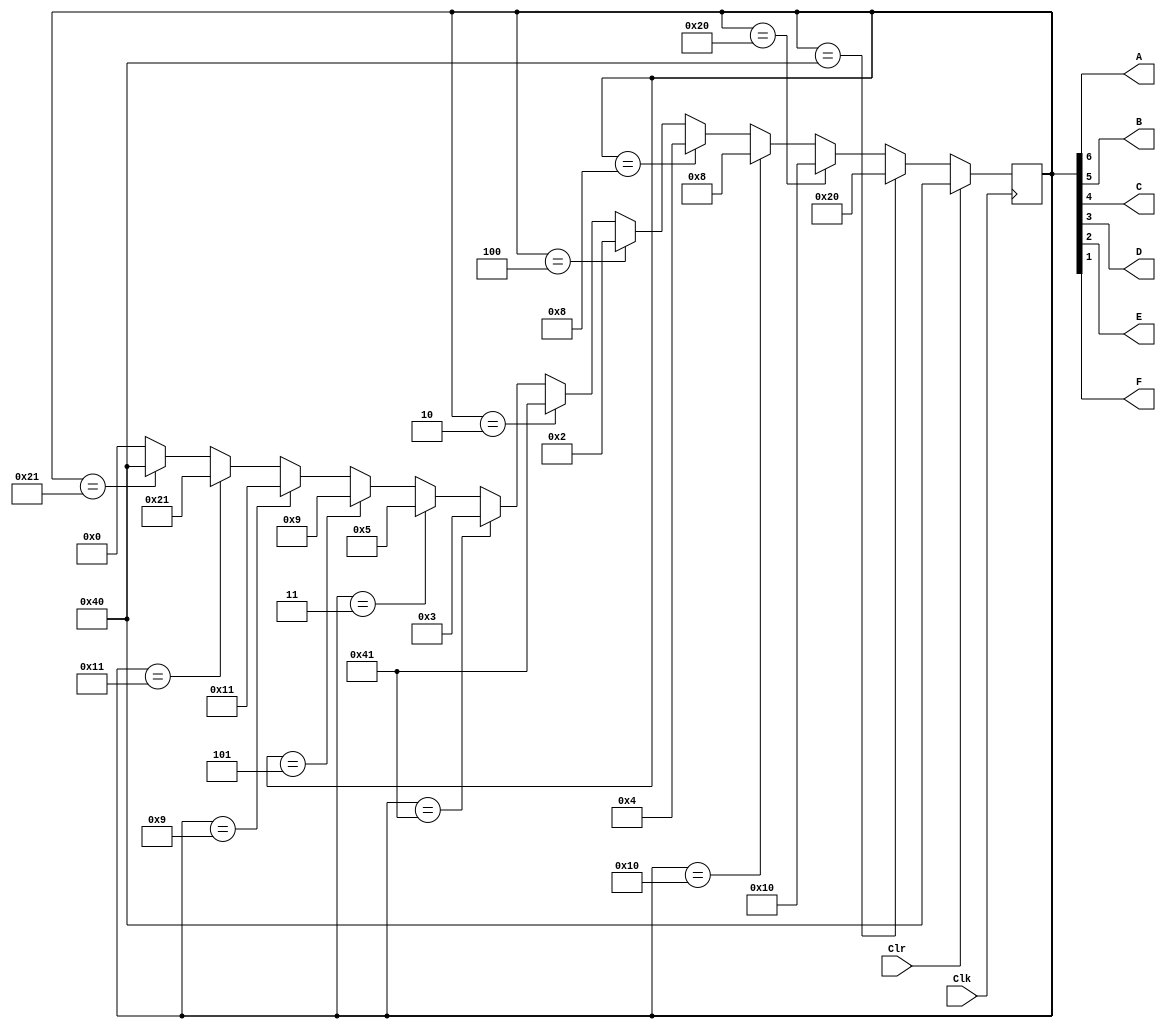
module pili_1(Clk,Clr,A,B,C,D,E,F);
input  Clk,Clr;
output A,B,C,D,E,F;
reg    [6:0] L;

always@(posedge Clk)

  if (Clr)  L = 7'b1000000;

  else if (L == 7'b1000000)   L = 7'b0100000;

  else if (L == 7'b0100000)   L = 7'b0010000;

  else if (L == 7'b0010000)   L = 7'b0001000;

  else if (L == 7'b0001000)   L = 7'b0000100;

  else if (L == 7'b0000100)   L = 7'b0000010;

  else if (L == 7'b0000010)   L = 7'b1000001;

  else if (L == 7'b1000001)   L = 7'b0000011;

  else if (L == 7'b0000011)   L = 7'b0000101;

  else if (L == 7'b0000101)   L = 7'b0001001;

  else if (L == 7'b0001001)   L = 7'b0010001;

  else if (L == 7'b0010001)   L = 7'b0100001;

  else if (L == 7'b0100001)   L = 7'b1000000;

  else 
          L = 7'b0000000;
  assign {A,B,C,D,E,F}=L[6:1];

endmodule